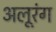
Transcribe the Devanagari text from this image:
अलूरंग